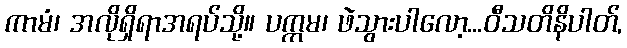
ကာမံ၊ အလိုရှိရာအရပ်သို့။ ပက္ကမ၊ ဖဲသွားပါလော့...ဝီသတိနိပါတ်,